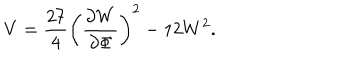
V = \frac { 2 7 } { 4 } \left( \frac { \partial W } { \partial \Phi } \right) ^ { 2 } - 1 2 W ^ { 2 } .